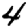
Digit: 4